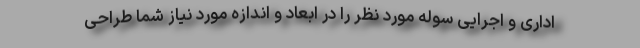
اداری و اجرایی سوله مورد نظر را در ابعاد و اندازه مورد نیاز شما طراحی